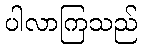
ပါလာကြသည်